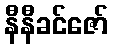
နီနီခင်ဇော်